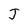
Character: J